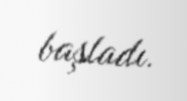
başladı.